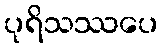
ပုရိသဿပေ